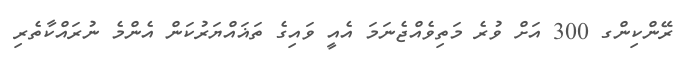
ރޭންކިންގ 300 އަށް ވުރެ މަތިވެއްޖެނަމަ އެއީ ވައިގެ ތަޣައްޔަރުކަން އެންމެ ނުރައްކާތެރި